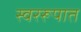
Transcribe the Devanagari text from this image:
स्वररूपात